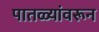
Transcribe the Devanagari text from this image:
पातळ्यांवरून